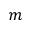
m